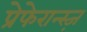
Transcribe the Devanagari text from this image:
प्रेफेरान्स्ज़